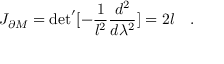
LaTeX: J _ { \partial M } = \mathrm { d e t } ^ { \prime } [ - { \frac { 1 } { l ^ { 2 } } } { \frac { d ^ { 2 } } { d \lambda ^ { 2 } } } ] = 2 l \quad .